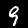
Digit: 9